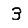
Digit: 3